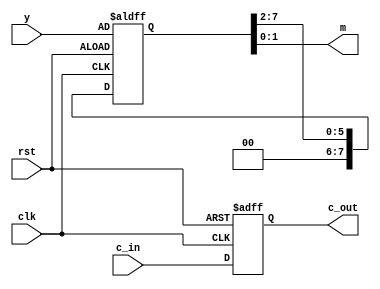
module shiftRegC # (
    parameter WIDTH = 8  
)(
    input clk, rst,
    input c_in,
    input [WIDTH-1:0] y,
    output reg c_out,
    output [1:0] m
);
    
    reg [WIDTH-1:0] regs;
    assign m = regs[1:0];

    always @(posedge clk, posedge rst) begin
        if (rst) begin
            c_out <= 0;
            regs <= y;
        end
        else begin
            c_out <= c_in;
            regs <= {2'b0, regs[WIDTH-1:2]};
        end
    end
    
endmodule